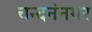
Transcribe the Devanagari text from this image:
चन्दनंनगर